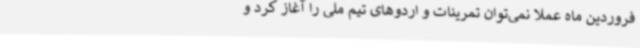
فروردین ماه عملا نمی‌توان تمرینات و اردوهای تیم ملی را آغاز کرد و